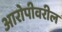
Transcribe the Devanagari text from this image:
आरोपीवरील